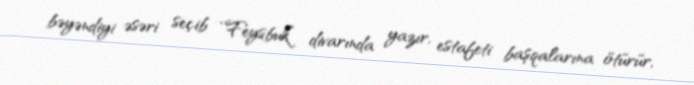
bəyəndiyi əsəri seçib “Feysbuk” divarında yazır, estafeti başqalarına ötürür,